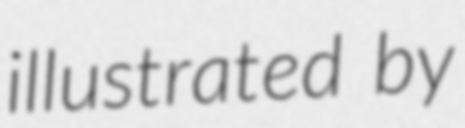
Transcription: illustrated by